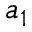
a _ { 1 }